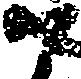
尉